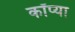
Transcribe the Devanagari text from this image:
कॉप्या